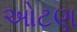
ઓટણ